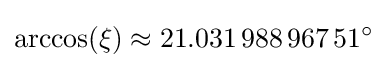
\arccos(\xi )\approx 21.031\,988\,967\,51^{\circ }